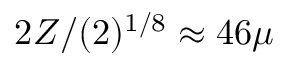
2 Z / ( 2 ) ^ { 1 / 8 } \approx 4 6 \mu